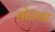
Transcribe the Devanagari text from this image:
बोउवा